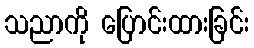
သညာကို ပြောင်းထားခြင်း